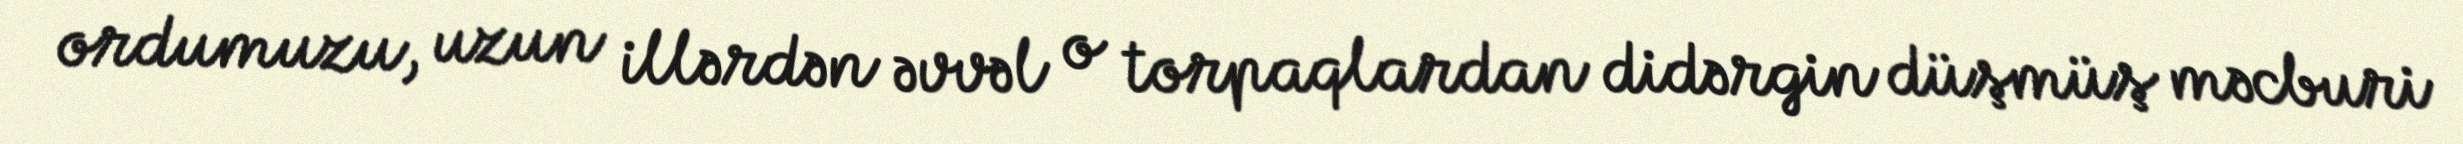
ordumuzu, uzun illərdən əvvəl o torpaqlardan didərgin düşmüş məcburi